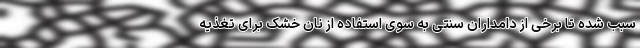
سبب شده تا برخی از دامداران سنتی به سوی استفاده از نان خشک برای تغذیه